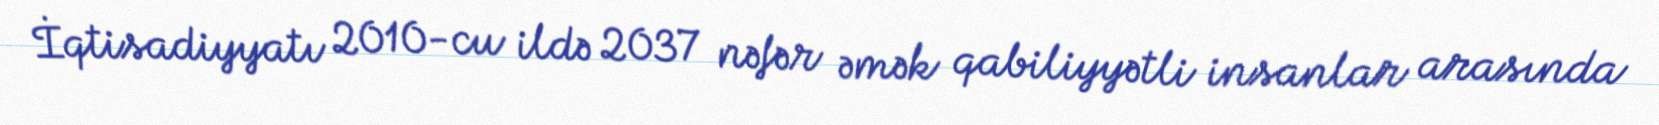
İqtisadiyyatı 2010-cu ildə 2037 nəfər əmək qabiliyyətli insanlar arasında